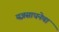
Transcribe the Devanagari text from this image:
यज्ञसाधनेचा